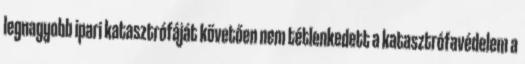
legnagyobb ipari katasztrófáját követően nem tétlenkedett a katasztrófavédelem a